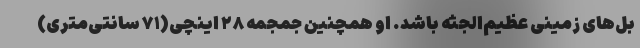
بل‌های زمینی عظیم‌الجثه باشد. او همچنین جمجمه ۲۸ اینچی(۷۱ سانتی‌متری‌)